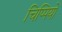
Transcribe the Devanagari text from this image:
चिप्पियों